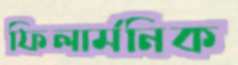
ফিলার্মনিক